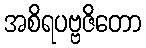
အစိရပဗ္ဗဇိတော